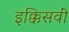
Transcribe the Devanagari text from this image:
इक्किसवीं